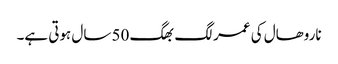
ناروھال کی عمر لگ بھگ 50 سال ہوتی ہے۔